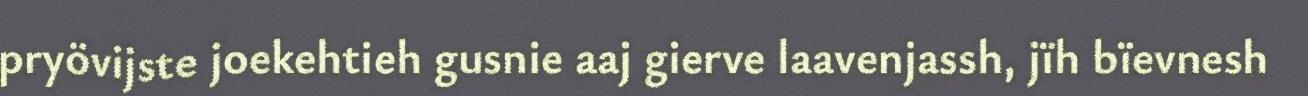
pryövijste joekehtieh gusnie aaj gierve laavenjassh, jïh bïevnesh